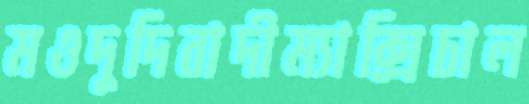
মওদুদিবাদীম্যাক্সিচাল